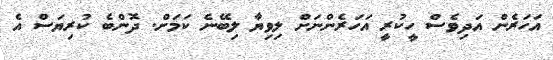
އަހަރެން އަދިވެސް ހީކުރީ އަހަރެންނަށް ލިވިޔާ ލިބޭނެ ކަމަށް. ދޮންބެ ކުރިޔަަސް އެ